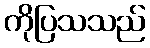
ကိုပြသသည်